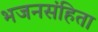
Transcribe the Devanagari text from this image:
भजनसंहिता